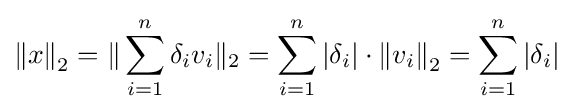
{\|x\|}_{2}=\|\sum _{i=1}^{n}\delta _{i}v_{i}\|_{2}=\sum _{i=1}^{n}{|\delta _{i}|}\cdot {\|v_{i}\|}_{2}=\sum _{i=1}^{n}{|\delta _{i}|}